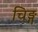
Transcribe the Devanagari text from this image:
चिङ्ग